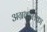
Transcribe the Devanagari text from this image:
अग्रकलिका